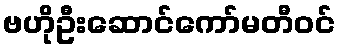
ဗဟိုဦးဆောင်ကော်မတီဝင်